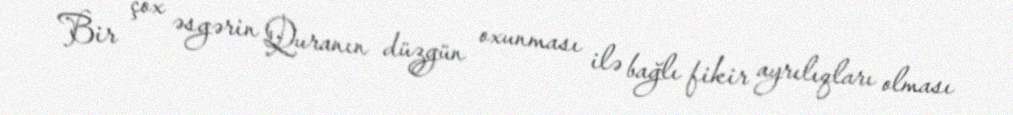
Bir çox əsgərin Quranın düzgün oxunması ilə bağlı fikir ayrılıqları olması